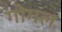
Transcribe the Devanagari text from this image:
गोगल